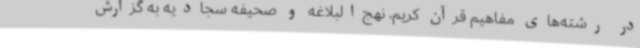
در رشته‌های مفاهیم قرآن کریم، نهج‌البلاغه و صحیفه سجادیه به گزارش